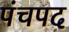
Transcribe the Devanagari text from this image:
पंचपद